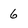
Character: 6